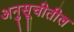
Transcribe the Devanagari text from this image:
अनुसूचीतील